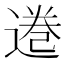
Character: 𫟩